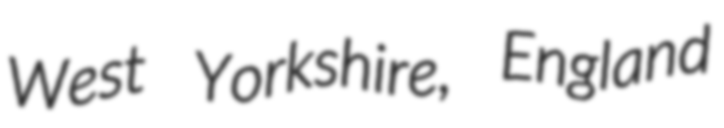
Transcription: West Yorkshire, England